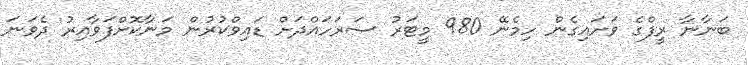
ބަނާނާ ރީފްގެ ވަށައިގެން ހިމެނޭ 980 މީޓަރު ސަރަހައްދަށް ޑައިވްކުރުން މަނާކޮށްފަވާއިރު ދެވަނަ